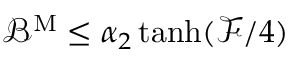
{ \mathcal B } ^ { \mathrm { M } } \leq \alpha _ { 2 } \operatorname { t a n h } ( \mathcal { F } / 4 )